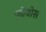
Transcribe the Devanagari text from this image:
फ़ोबोस